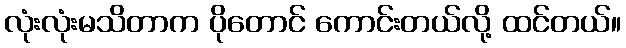
လုံးလုံးမသိတာက ပိုတောင် ကောင်းတယ်လို့ ထင်တယ်။